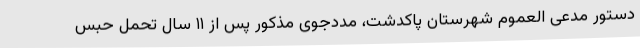
دستور مدعی العموم شهرستان پاکدشت، مددجوی مذکور پس از ۱۱ سال تحمل حبس